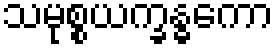
သမုစ္စယက္ခန္ဓကော